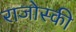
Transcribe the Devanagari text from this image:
राजोस्की